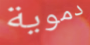
دموية